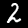
Digit: 2